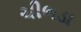
ચીભડા